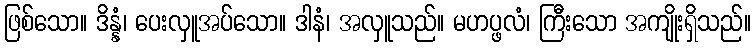
ဖြစ်သော။ ဒိန္နံ၊ ပေးလှူအပ်သော။ ဒါနံ၊ အလှူသည်။ မဟပ္ဖလံ၊ ကြီးသော အကျိုးရှိသည်။